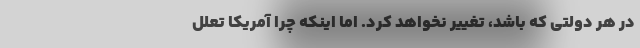
در هر دولتی که باشد، تغییر نخواهد کرد. اما اینکه چرا آمریکا تعلل